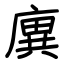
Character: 廙